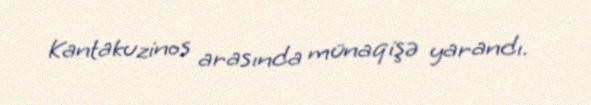
Kantakuzinos arasında münaqişə yarandı.